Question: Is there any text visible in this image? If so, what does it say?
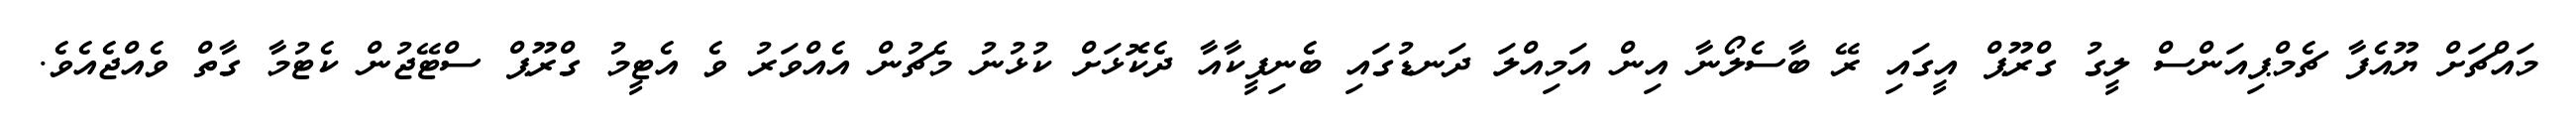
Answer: މައްޗަށް ޔޫއެފާ ޗެމްޕިއަންސް ލީގު ގްރޫޕް އީގައި ރޭ ބާސެލޯނާ އިން އަމިއްލަ ދަނޑުގައި ބެނިފީކާއާ ދެކޮޅަށް ކުޅުނު މެޗުން އެއްވަރު ވެ އެޓީމު ގްރޫޕް ސްޓޭޖުން ކެޓުމާ ގާތް ވެއްޖެއެވެ.